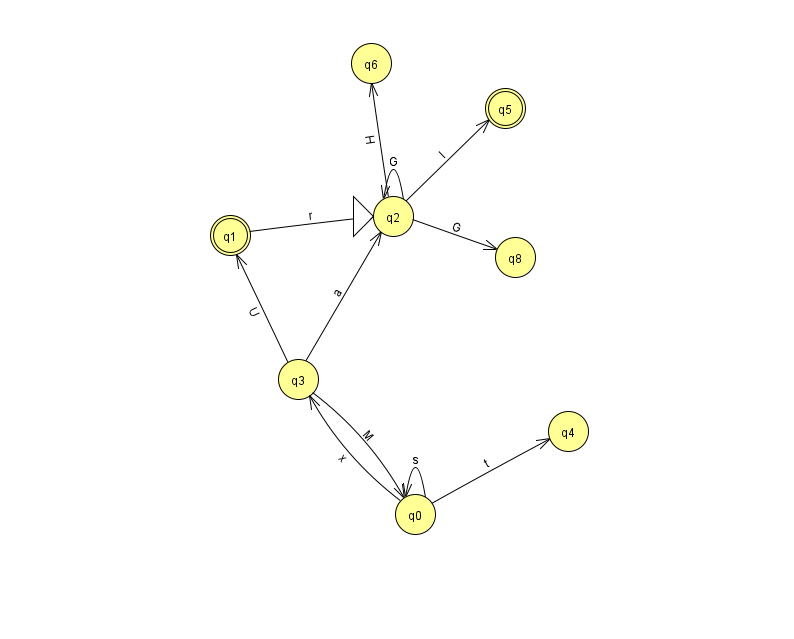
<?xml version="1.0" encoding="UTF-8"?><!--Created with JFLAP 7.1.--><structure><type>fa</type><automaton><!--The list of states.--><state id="0" name="q0"><x>415.0</x><y>501.0</y></state><state id="1" name="q1"><x>230.0</x><y>222.0</y><final/></state><state id="2" name="q2"><x>393.0</x><y>203.0</y><initial/></state><state id="3" name="q3"><x>298.0</x><y>366.0</y></state><state id="4" name="q4"><x>568.0</x><y>418.0</y></state><state id="5" name="q5"><x>505.0</x><y>95.0</y><final/></state><state id="6" name="q6"><x>371.0</x><y>50.0</y></state><state id="8" name="q8"><x>515.0</x><y>244.0</y></state><!--The list of transitions.--><transition><from>2</from><to>5</to><read>l</read></transition><transition><from>0</from><to>0</to><read>s</read></transition><transition><from>2</from><to>8</to><read>G</read></transition><transition><from>3</from><to>1</to><read>U</read></transition><transition><from>2</from><to>2</to><read>G</read></transition><transition><from>2</from><to>6</to><read>H</read></transition><transition><from>0</from><to>4</to><read>t</read></transition><transition><from>3</from><to>0</to><read>M</read></transition><transition><from>1</from><to>2</to><read>r</read></transition><transition><from>3</from><to>2</to><read>a</read></transition><transition><from>0</from><to>3</to><read>x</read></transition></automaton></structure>